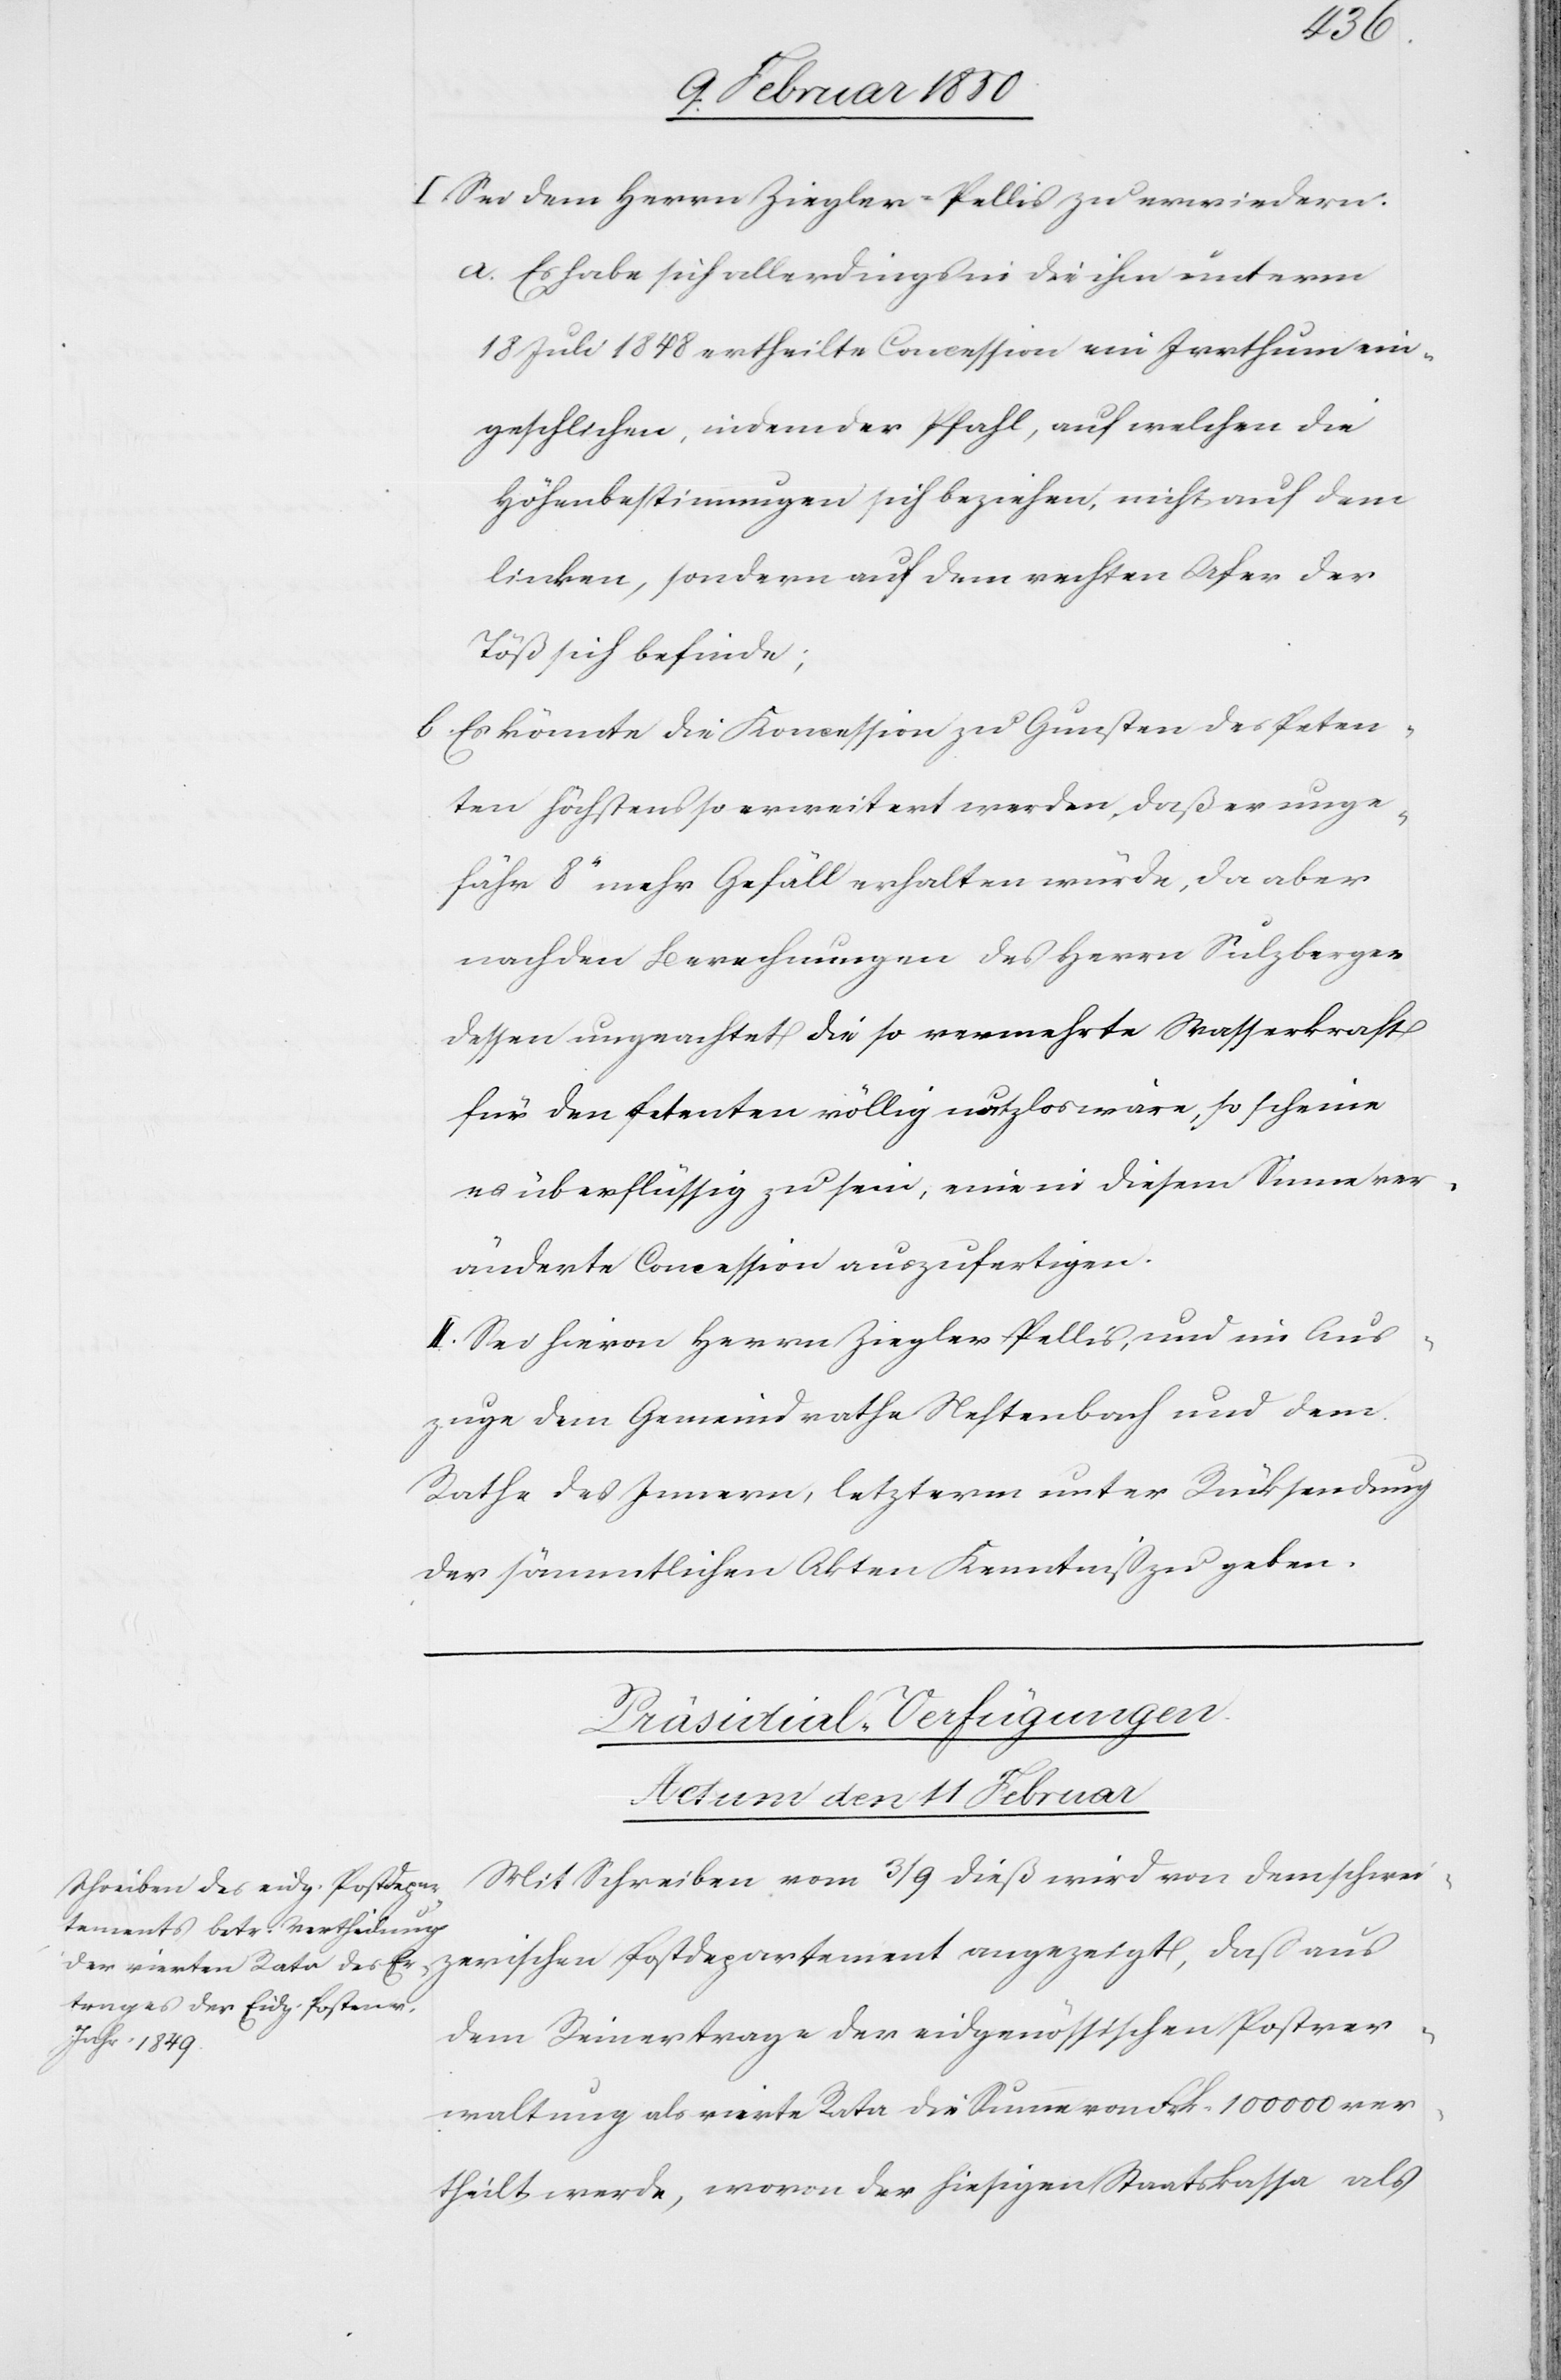
I. Sei dem Herrn Ziegler-Pellis zu erwiedern:
a. Es habe sich allerdings in die ihm unterm
18 Juli 1848 ertheilte Concession ein Irrthum ein¬
geschlichen, indem der Pfahl, auf welchen die
Höhenbestimmungen sich beziehen, nicht auf dem
linken, sondern auf dem rechten Ufer der
Töß sich befinde;
b. Es könnte die Koncession zu Gunsten des Peten¬
ten höchstens so erweitert werden, daß er unge¬
fähr 8ʼʼ mehr Gefäll erhalten würde, da aber
nach den Berechnungen des Herrn Sulzberger
dessen ungeachtet die so vermehrte Wasserkraft
für den Petenten völlig nutzlos wäre, so scheine
es überflüssig zu sein, eine in diesem Sinne ver¬
änderte Concession auszufertigen.
II. Sei hievon Herrn Ziegler-Pellis, und im Aus¬
zuge dem Gemeindrathe Neftenbach und dem
Rathe des Innern, letzterm unter Rücksendung
der sämmtlichen Akten Kenntniß zu geben.
Präsidial-Verfügungen
Actum den 11 Februar
Mit Schreiben vom 3/9 dieß wird von dem schwei¬
zerischen Postdepartement angezeigt, daß aus
dem Reinertrage der eidgenössischen Postver¬
waltung als vierte Rata die Summe von Frk. 100000 ver¬
theilt werde, wovon der hiesigen Staatskassa als